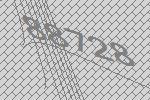
88728